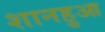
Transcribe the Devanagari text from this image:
शानहुआ